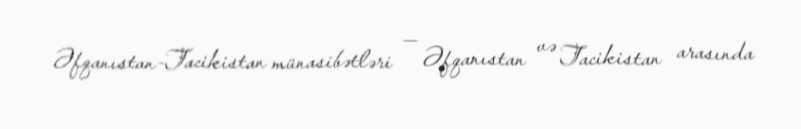
Əfqanıstan-Tacikistan münasibətləri — Əfqanıstan və Tacikistan arasında